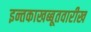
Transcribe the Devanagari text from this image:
इन्तकाखब्बूतवारीख